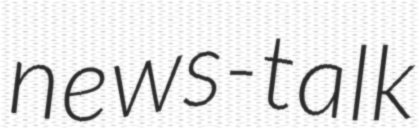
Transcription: news-talk